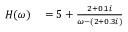
\begin{array} { r } { \begin{array} { r l } { H ( \omega ) } & { { } = 5 + \frac { 2 + 0 . 1 i } { \omega - ( 2 + 0 . 3 i ) } } \end{array} } \end{array}